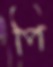
পি